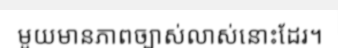
មួយមានភាពច្បាស់លាស់នោះដែរ។